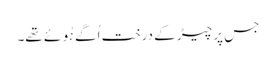
جس پر چیڑ کے درخت اُگے ہُوئے تھے۔